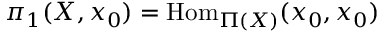
\pi _ { 1 } ( X , x _ { 0 } ) = \mathrm { H o m } _ { \Pi ( X ) } ( x _ { 0 } , x _ { 0 } )